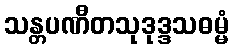
သန္တပဏီတသုဒုဒ္ဒသဓမ္မံ